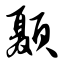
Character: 颞